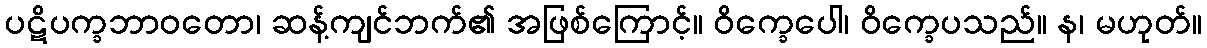
ပဋိပက္ခဘာဝတော၊ ဆန့်ကျင်ဘက်၏ အဖြစ်ကြောင့်။ ဝိက္ခေပေါ၊ ဝိက္ခေပသည်။ န၊ မဟုတ်။